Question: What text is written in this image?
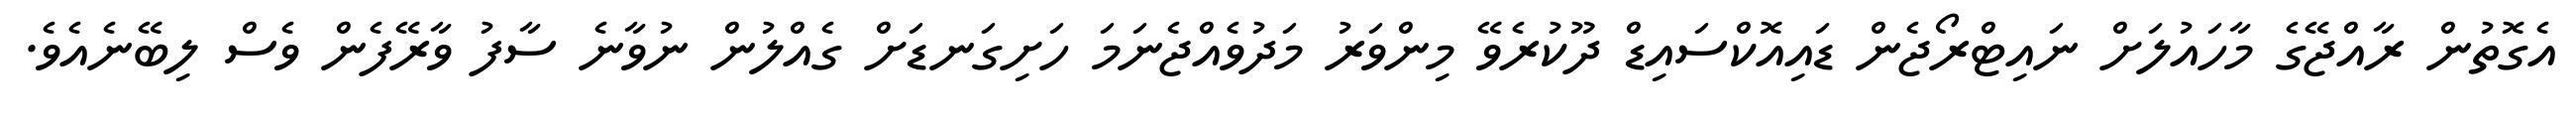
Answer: އެގޮތުން ރާއްޖޭގެ މާހައުލަށް ނައިޓްރޯޖެން ޑައިއޮކްސައިޑް ދޫކުރެވޭ މިންވަރު މަދުވެއްޖެނަމަ ހަށިގަނޑަށް ގެއްލުން ނުވާނެ ސާފު ވާރޭފެން ވެސް ލިބޭނެއެވެ.